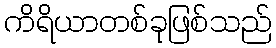
ကိရိယာတစ်ခုဖြစ်သည်